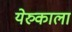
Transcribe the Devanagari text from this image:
येरुकाला